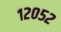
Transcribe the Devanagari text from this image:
१२०५२